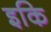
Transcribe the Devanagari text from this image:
इकि